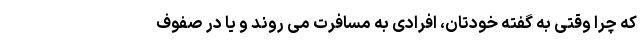
که چرا وقتی به گفته خودتان، افرادی به مسافرت می روند و یا در صفوف